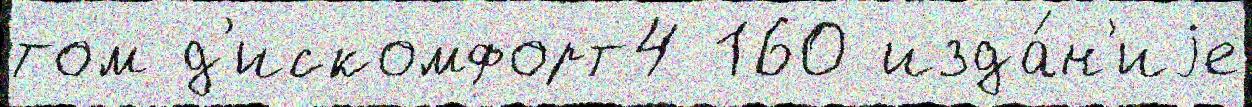
том д'искомфорт4 160 изда́н'иjе